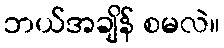
ဘယ်အချိန် စမလဲ။